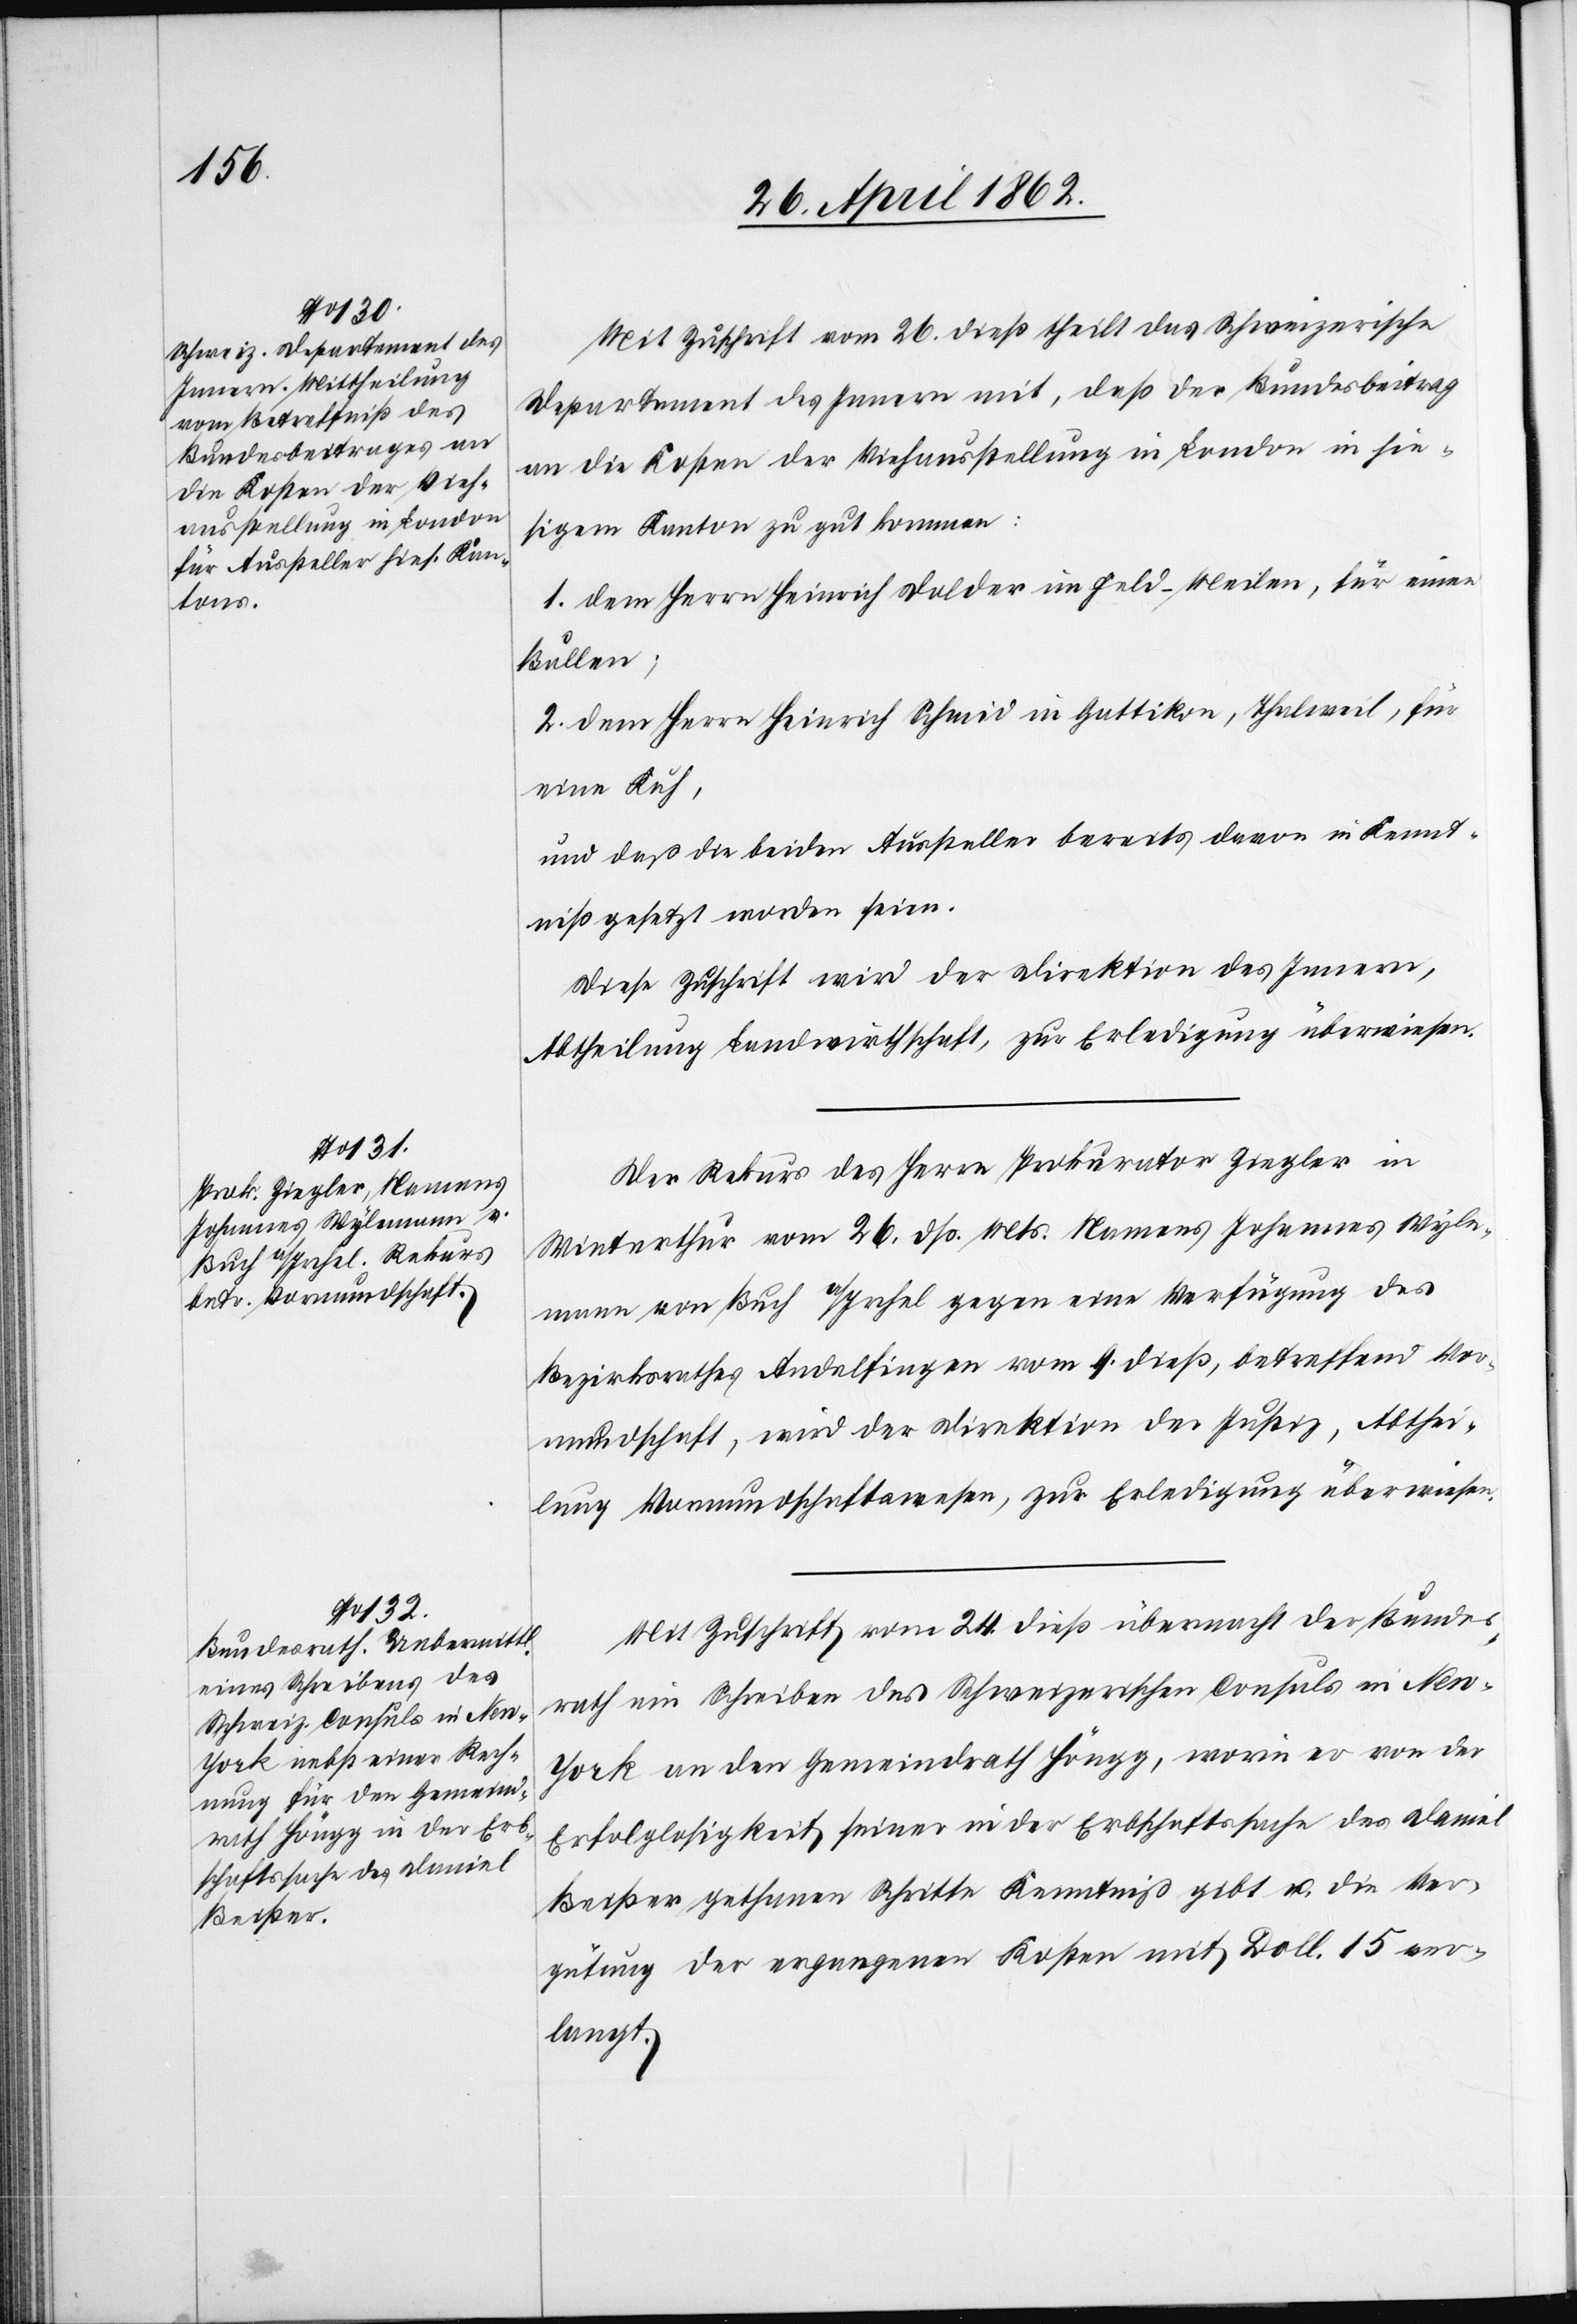
28. April 1862.]
Mit Zuschrift vom 26. dieß theilt das Schweizerische
Departement des Innern mit, daß der Bundesbeitrag
an die Kosten der Viehausstellung in London in hie¬
sigem Kanton zu gut kommen:
1. dem Herrn Heinrich Dolder im [sic!] Feld-Meilen, für einen
Bullen;
2. dem Herrn Heinrich Schmid in Gattikon, Thalweil, für
eine Kuh;
und daß die beiden Aussteller bereits davon in Kennt¬
niß gesetzt worden seien.
Diese Zuschrift wird der Direktion des Innern,
Abtheilung Landwirtschaft, zur Erledigung überwiesen.
Der Rekurs des Herrn Prokurator Ziegler in
Winterthur vom 26. dß. Mts. Namens Johannes Wyle¬
mann von Buch a/Irchel gegen eine Verfügung des
Bezirksrathes Andelfingen vom 9. dieß, betreffend Vor¬
mundschaft, wird der Direktion der Justiz, Abthei¬
lung Vormundschaftswesen, zur Erledigung überwiesen.
Mit Zuschrift vom 24.dieß übermacht der Bundes¬
rath ein Schreiben des Schweizerischen Consul in Ne¬
w-York an den Gemeindrath Höngg, worin er von der
Erfolglosigkeit seiner in der Erbschaftssache des Daniel
Beißer gethanen Schritte Kenntniß gibt u. die Ver¬
gütung der ergangenen Kosten mit Doll. 15 ver¬
langt.